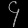
Digit: ၄